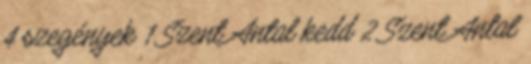
4 szegények 1 Szent Antal kedd 2 Szent Antal